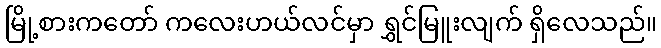
မြို့စားကတော် ကလေးဟယ်လင်မှာ ရွှင်မြူးလျက် ရှိလေသည်။